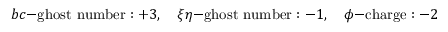
b c \mathrm { - g h o s t ~ n u m b e r } : + 3 , \quad \xi \eta \mathrm { - g h o s t ~ n u m b e r } : - 1 , \quad \phi \mathrm { - c h a r g e } : - 2